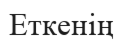
Еткенің